Report of an investigation into the causes of the diseases known in Assam as Kála-Azár and Beri-Beri
Disease focus: Beri-Beri
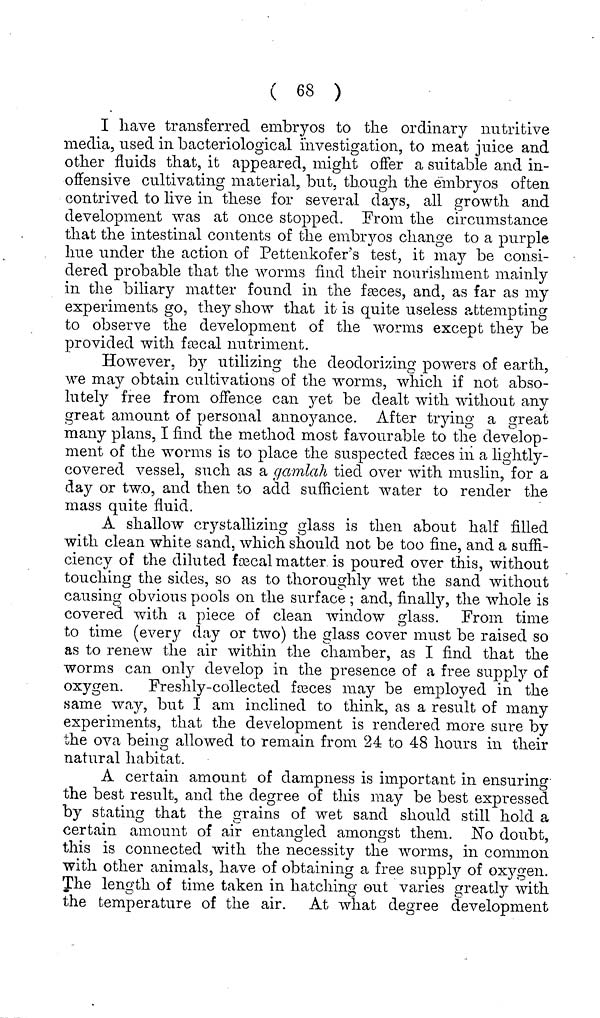
( 68 )
I have transferred embryos to the ordinary nutritive
media, used in bacteriological investigation, to meat juice and
other fluids that, it appeared, might offer a suitable and in-
offensive cultivating material, but, though the embryos often
contrived to live in these for several days, all growth and
development was at once stopped. From the circumstance
that the intestinal contents of the embryos change to a purple
hue under the action of Pettenkofer's test, it may be consi-
dered probable that the worms find their nourishment mainly
in the biliary matter found in the fæces, and, as far as my
experiments go, they show that it is quite useless attempting
to observe the development of the worms except they be
provided with fascal nutriment.
However, by utilizing the deodorizing powers of earth,
we may obtain cultivations of the worms, which if not abso-
lutely free from offence can yet be dealt with without any
great amount of personal annoyance. After trying a great
many plans, I find the method most favourable to the develop-
ment of the worms is to place the suspected fæces in a lightly-
covered vessel, such as a gamlah tied over with muslin, for a
day or two, and then to add sufficient water to render the
mass quite fluid.
A shallow crystallizing glass is then about half filled
with clean white sand, which should not be too fine, and a suffi-
ciency of the diluted fæcal matter is poured over this, without
touching the sides, so as to thoroughly wet the sand without
causing obvious pools on the surface ; and, finally, the whole is
covered with a piece of clean window glass. From time
to time (every day or two) the glass cover must be raised so
as to renew the air within the chamber, as I find that the
worms can only develop in the presence of a free supply of
oxygen. Freshly-collected fæces may be employed in the
same way, but I am inclined to think, as a result of many
experiments, that the development is rendered more sure by
the ova being allowed to remain from 24 to 48 hours in their
natural habitat.
A certain amount of dampness is important in ensuring
the best result, and the degree of this may be best expressed
by stating that the grains of wet sand should still hold a
certain amount of air entangled amongst them. No doubt,
this is connected with the necessity the worms, in common
with other animals, have of obtaining a free supply of oxygen.
The length of time taken in hatching out varies greatly with
the temperature of the air. At what degree development